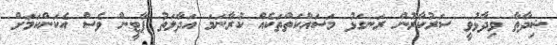
ޝިދާތާ ވިދާޅުވީ ސަރުކާރުން ރަނގަޅު މަސައްކަތްތަކެއް ކުރާނަމަ އަދާލަތު ޕާޓީން ވެސް އެކަންކަމަށް